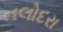
તલોદરા